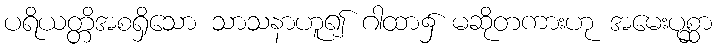
ပရိယတ္တိအစရှိသော သာသနာဟူ၍ ဂါထာ၌ မဆိုတကားဟု အမေးပုစ္ဆာ